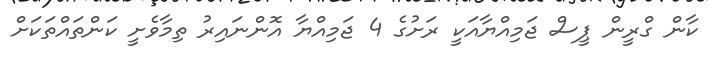
ކާން ގްރީން ޕީސް ޖަމިއްޔާއަކީ ރަށުގެ 4 ޖަމިއްޔާ އޮންނައިރު ތިމާވެށީ ކަންތައްތަކަށް